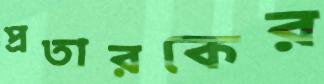
প্রতারকের